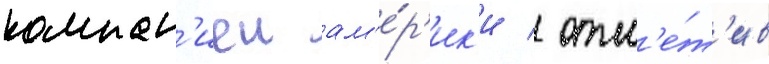
компан'иеи ам'е́р'ик'и / отм'е́т'ив